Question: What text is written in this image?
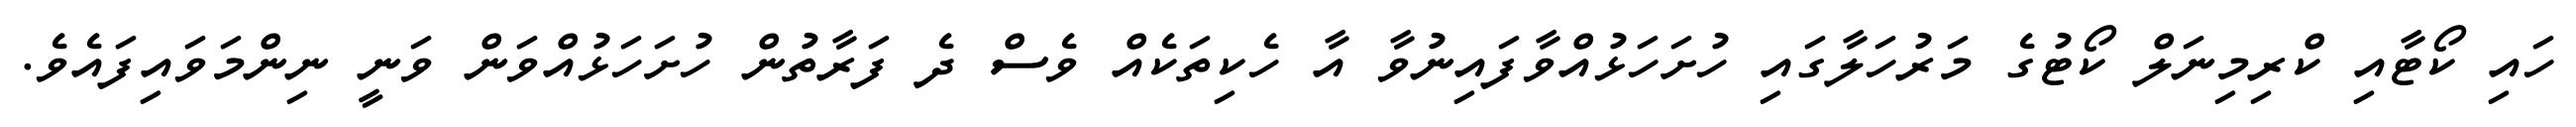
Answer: ހައި ކޯޓާއި ކްރިމިނަލް ކޯޓުގެ މަރުހަލާގައި ހުށަހަޅުއްވާފައިނުވާ އާ ހެކިތަކެއް ވެސް ދެ ފަރާތުން ހުށަހަޅުއްވަން ވަނީ ނިންމަވައިފައެވެ.